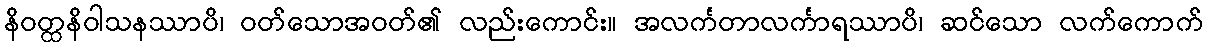
နိဝတ္ထနိဝါသနဿာပိ၊ ဝတ်သောအဝတ်၏ လည်းကောင်း။ အလင်္ကတာလင်္ကာရဿာပိ၊ ဆင်သော လက်ကောက်